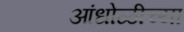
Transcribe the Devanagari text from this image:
आंधोळीच्या